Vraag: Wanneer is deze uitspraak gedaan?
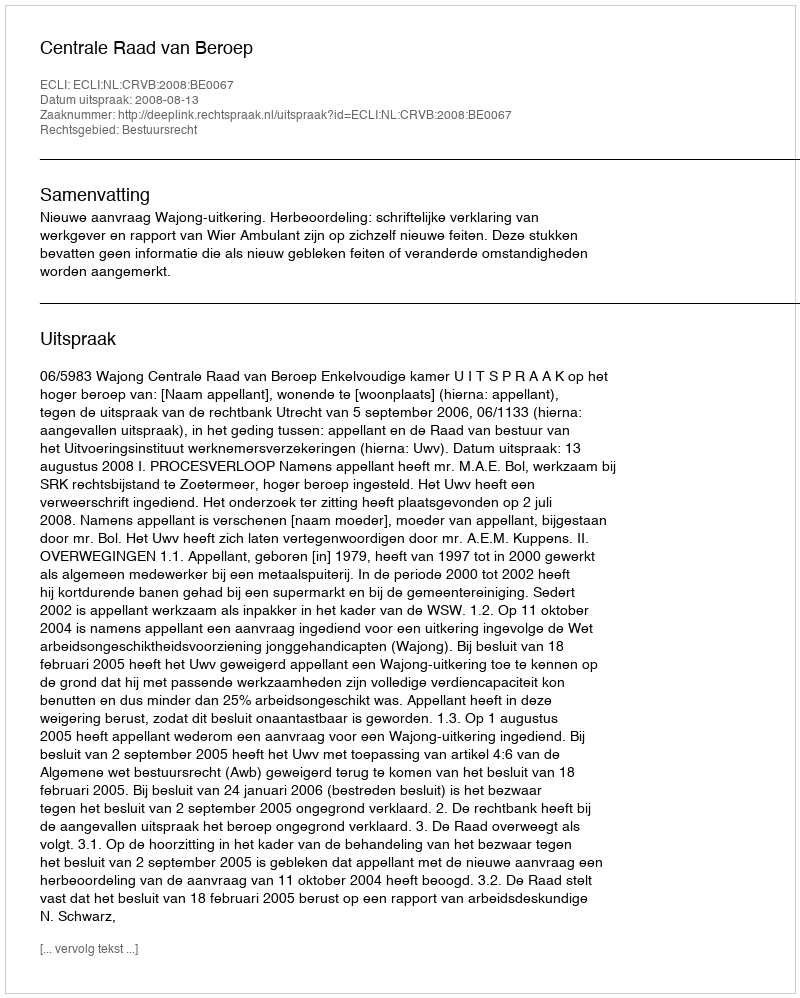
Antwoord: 2008-08-13